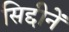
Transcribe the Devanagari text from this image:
सिद्दीनें